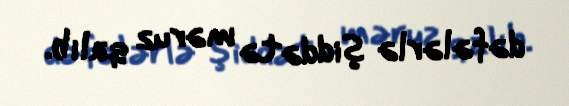
dəfələrlə şiddətə məruz qalıb.